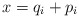
\begin{align*}x = q_i + p_i\end{align*}